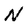
Character: N